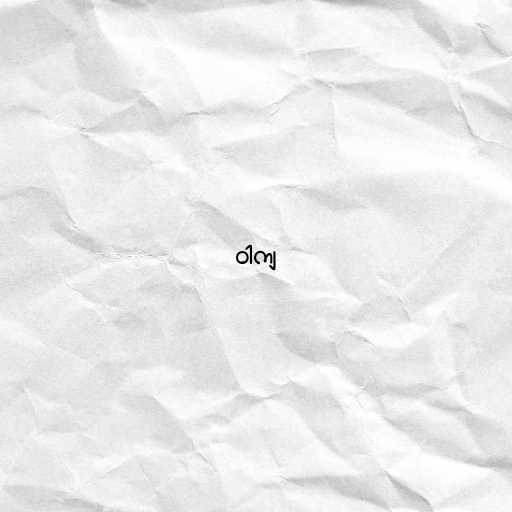
ဝါကျ